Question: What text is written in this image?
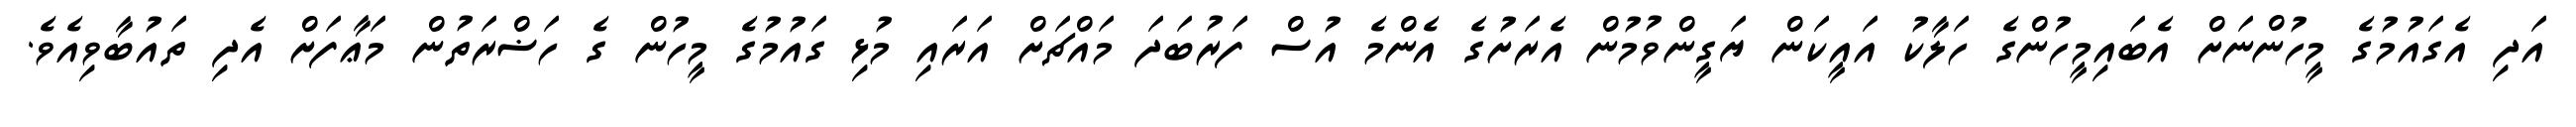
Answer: އަދި އެގައުމުގެ މީހުންނަށް އެބައިމީހުންގެ ހަލާކު އައީކަން ޔަގީންވުމުން އެރަށުގެ އެންމެ އުސް ފަރުބަދަ މައްޗަށް އަރައި މުޅި ގައުމުގެ މީހުން ގެ ހަޟްރަތުން މަޢާފަށް އެދި ތައުބާވިއެވެ.